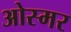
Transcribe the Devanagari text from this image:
ओस्मर